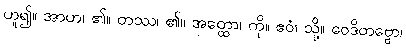
ဟူ၍။ အာဟ၊ ၏။ တဿ၊ ၏။ အတ္ထော၊ ကို။ ဧဝံ၊ သို့။ ဝေဒိတဗ္ဗော၊